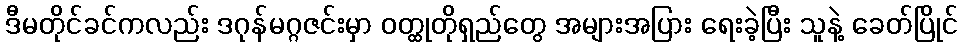
ဒီမတိုင်ခင်ကလည်း ဒဂုန်မဂ္ဂဇင်းမှာ ဝတ္ထုတိုရှည်တွေ အများအပြား ရေးခဲ့ပြီး သူနဲ့ ခေတ်ပြိုင်